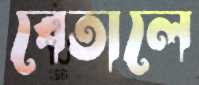
বেতালে